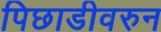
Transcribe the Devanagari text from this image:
पिछाडीवरुन